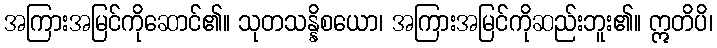
အကြားအမြင်ကိုဆောင်၏။ သုတသန္နိစယော၊ အကြားအမြင်ကိုဆည်းဘူး၏။ ဣတိပိ၊